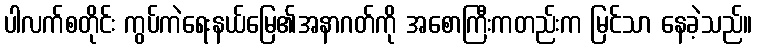
ပါလက်စတိုင်း ကွပ်ကဲရေးနယ်မြေ၏အနာဂတ်ကို အစောကြီးကတည်းက မြင်သာ နေခဲ့သည်။